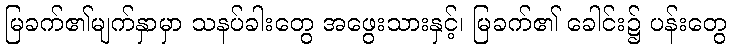
မြခက်၏မျက်နှာမှာ သနပ်ခါးတွေ အဖွေးသားနှင့်၊ မြခက်၏ ခေါင်း၌ ပန်းတွေ